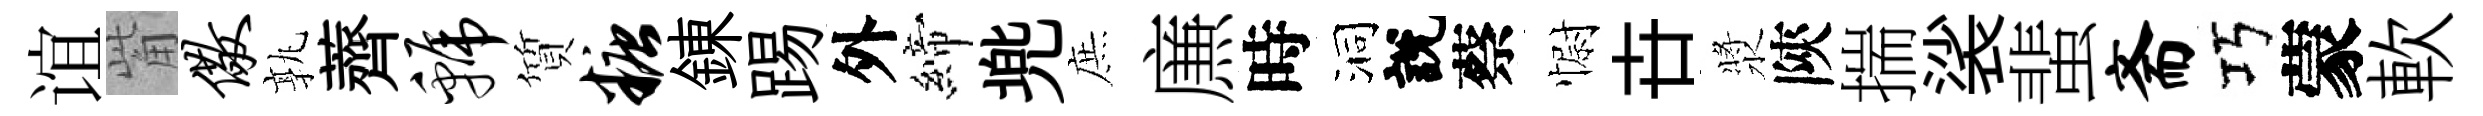
谊觜儆孰薺虢質糖錬踢外締兠庶㢘時洞說蔡𢠢卋漿陝揣裟蜚斋巧蒙軟